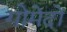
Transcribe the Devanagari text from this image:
गोमेदों